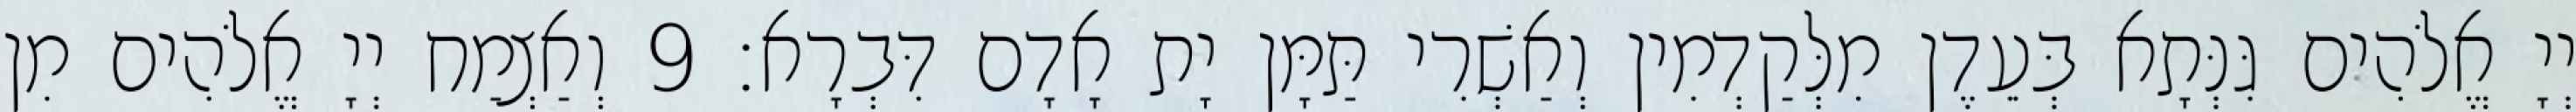
יְיָ אֱלֹהִים גִּנְּתָא בְּעֵדֶן מִלְּקַדְמִין וְאַשְׁרִי תַּמָּן יָת אָדָם דִּבְרָא׃ 9 וְאַצְמַח יְיָ אֱלֹהִים מִן